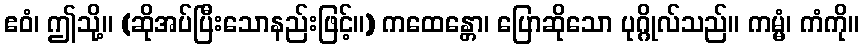
ဧဝံ၊ ဤသို့။ (ဆိုအပ်ပြီးသောနည်းဖြင့်။) ကထေန္တော၊ ပြောဆိုသော ပုဂ္ဂိုလ်သည်။ ကမ္မံ၊ ကံကို။